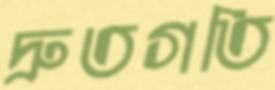
দ্রুতগতি